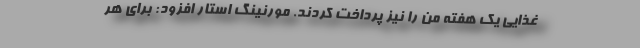
غذایی یک هفته من را نیز پرداخت کردند. مورنینگ استار افزود: برای هر